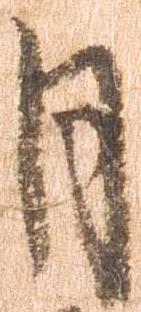
月